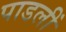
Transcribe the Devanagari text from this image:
पाडलीं